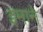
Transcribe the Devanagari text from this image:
इमाने